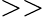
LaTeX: >>